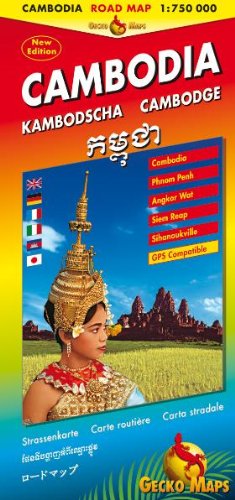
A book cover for Cambodia; Gecko Maps; Travel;